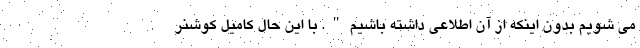
می شویم بدون اینکه از آن اطلاعی داشته باشیم". با این حال کامیل کوشنر